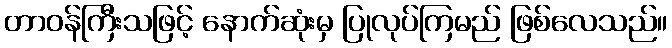
တာဝန်ကြီးသဖြင့် နောက်ဆုံးမှ ပြုလုပ်ကြမည် ဖြစ်လေသည်။